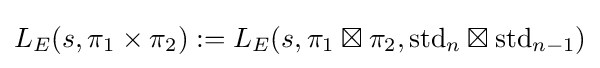
L_{E}(s,\pi _{1}\times \pi _{2}):=L_{E}(s,\pi _{1}\boxtimes \pi _{2},\mathrm {std} _{n}\boxtimes \mathrm {std} _{n-1})